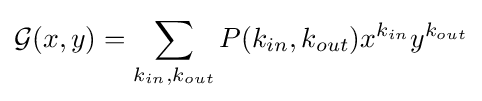
{\mathcal {G}}(x,y)=\sum _{k_{in},k_{out}}\displaystyle P({k_{in},k_{out}})x^{k_{in}}y^{k_{out}}